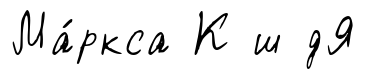
Ма́ркса К ш дЯ